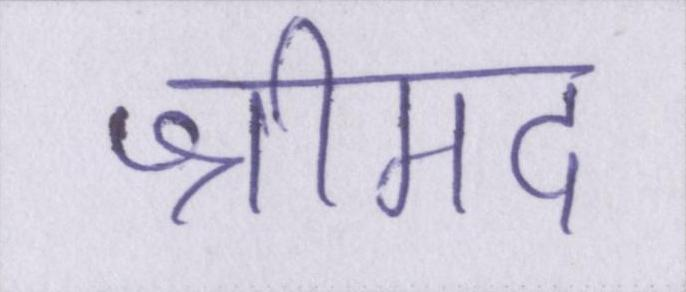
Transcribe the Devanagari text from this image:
श्रीमद